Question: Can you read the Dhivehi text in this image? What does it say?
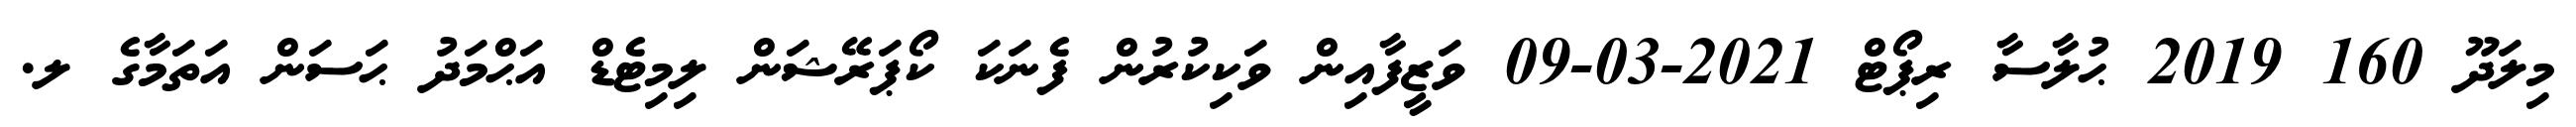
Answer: މިލަދޫ 160 2019 ޙުލާސާ ރިޕޯޓް 2021-03-09 ވަޒީފާއިން ވަކިކުރުން ފެނަކަ ކޯޕަރޭޝަން ލިމިޓެޑް އަޙްމަދު ޙަސަން އަތަމާގެ ލ.